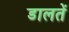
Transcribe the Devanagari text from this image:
डालतें